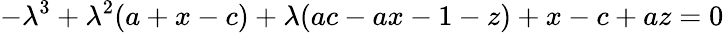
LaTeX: -\lambda^{3}+\lambda^{2}(a+x-c)+\lambda(ac-ax-1-z)+x-c+az=0